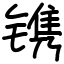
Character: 镌